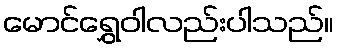
မောင်ရွှေဝါလည်းပါသည်။